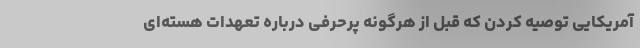
آمریکایی توصیه کردن که قبل از هرگونه پرحرفی درباره تعهدات هسته‌ای